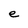
Character: e